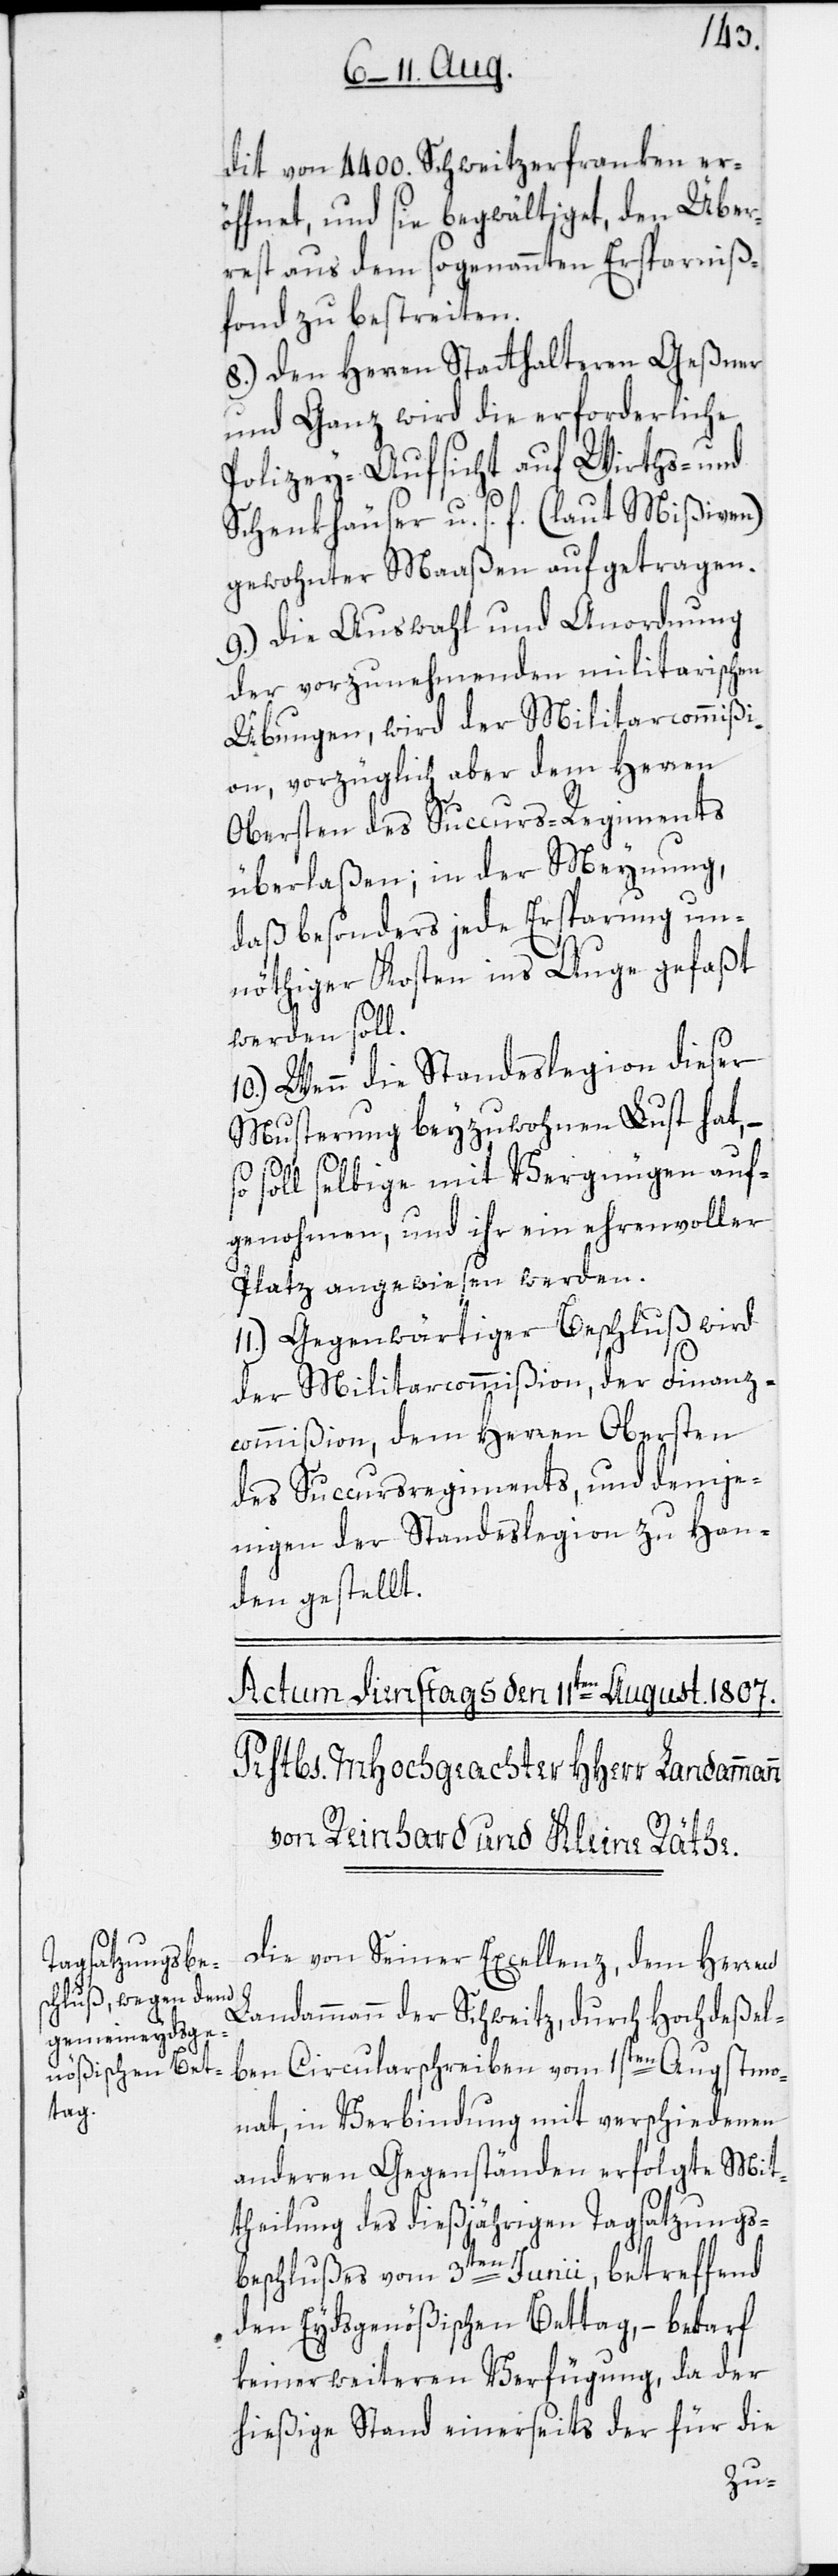
dit von 4400. Schweitzerfranken er¬
öffnet, und sie begwältiget, den Über¬
rest aus dem sogenannten Ersparniß¬
fond zu bestreiten.
8.) Den Herren Statthalteren Geßner
und Ganz wird die errforderliche
Polizey-Aufsicht auf Wirths- und
Schenkhäuser u. s. f. (laut Mißiven)
gewohnter Maaßen aufgetragen.
9.) Die Auswahl und Anordnung
der vorzunehmenden militarischen
Übungen, wird der Militarcommißi¬
on, vorzüglich aber dem Herren
Obersten des Succurs-Regiments
überlaßen; in der Meynung,
daß besonders jede Ersparung un¬
nöthiger Kosten ins Auge gefaßt
werden soll.
10.) Wenn die Standeslegion dieser
Musterung beyzuwohnen Lust hat, –
so soll selbige mit Vergnügen auf¬
genohmen, und ihr ein ehrenvoller
Platz angewiesen werden.
11.) Gegenwärtiger Beschluß wird
der Militarcommißion, der Finanz¬
commißion, dem Herren Obersten
des Succursregiments, und demje¬
nigen der Standeslegion zu Han¬
den gestellt.
Die von Seiner Excellenz, dem Herren
Landammann der Schweitz, durch Hochdeßel¬
ben Circularschreiben vom 1sten Augstmo¬
nat, in Verbindung mit verschiedenen
anderen Gegenständen erfolgte Mit¬
theilung des dießjährigen Tagsatzungs¬
beschlußes vom 3ten Junii, betreffend
den Eydsgenößischen Bettag, – bedarf
keiner weiteren Verfügung, da der
hießige Stand einerseits der für die